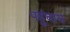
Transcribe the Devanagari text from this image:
पहुंचाय